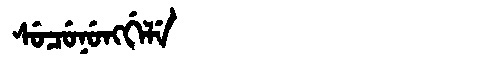
Manchu: ᠰᡠᠴᡠᠨᡠᠩᡤᡝᠯᡝ
Romanization: SUCUNUNGGELE